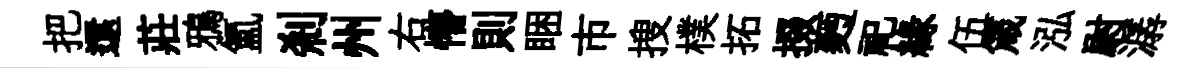
把還莊鴉氲剎州右懵則睏市搜樸拓掇麪祀縁伍箴泓尉潺